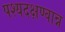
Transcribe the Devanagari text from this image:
पश्यदक्षण्वान्न